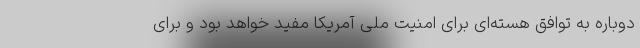
دوباره به توافق هسته‌ای برای امنیت ملی آمریکا مفید خواهد بود و برای